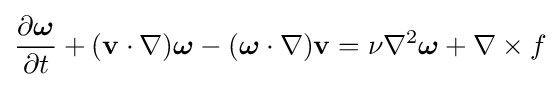
{\frac {\partial {\boldsymbol {\omega }}}{\partial t}}+(\mathbf {v} \cdot \nabla ){\boldsymbol {\omega }}-({\boldsymbol {\omega }}\cdot \nabla )\mathbf {v} =\nu \nabla ^{2}{\boldsymbol {\omega }}+\nabla \times f